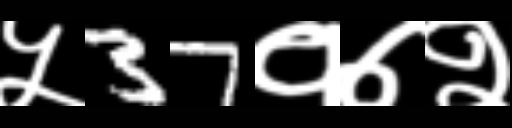
Text: ५37१७२